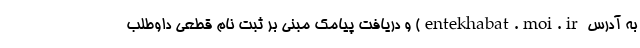
به آدرس entekhabat.moi.ir) و دریافت پیامک مبنی بر ثبت نام قطعی داوطلب